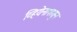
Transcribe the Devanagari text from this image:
व्हियेनापासून